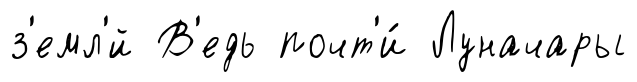
з'емл'́й В'едь почт'и́ Луначары